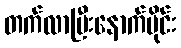
တက်လာပြီးနောက်ပိုင်း